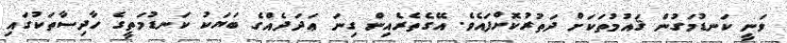
ވަނީ ކަނޑުމަގުން ޤައުމުތަކަށް ދަތުރުކޮށްފައެވެ. އޭގެތެރެއިން ގިނަ ޢަދަދެއްގެ ބަޔަކު ކަނޑުމަތީގެ ހާދިސާތަކުގައި